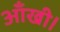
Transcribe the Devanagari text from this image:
आँखी।